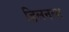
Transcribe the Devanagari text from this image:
डिलनला